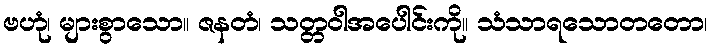
ဗဟုံ၊ များစွာသော။ ဇနတံ၊ သတ္တဝါအပေါင်းကို။ သံသာရသောတတော၊